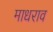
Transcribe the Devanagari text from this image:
माधराव